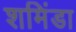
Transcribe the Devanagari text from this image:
शमिंडा